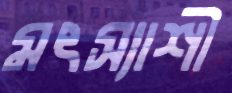
মৎস্যাশী